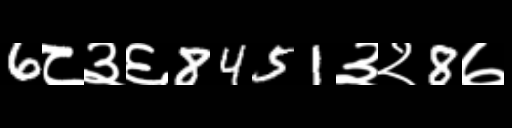
Text: 6८३६8451३२8७